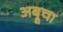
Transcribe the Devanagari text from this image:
अब्रूचा